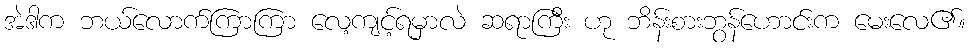
အဲဒါက ဘယ်လောက်ကြာကြာ လေ့ကျင့်ရမှာလဲ ဆရာကြီး ဟု ဘိန်းစားဘွန်ဟောင်းက မေးလေ၏။